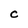
Character: C